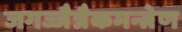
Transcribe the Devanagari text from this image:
जगज्जैत्रैकमन्त्रेण